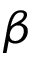
\beta